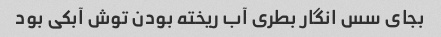
بجای سس انگار بطری آب ریخته بودن توش آبکی بود